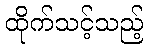
ထိုက်သင့်သည့်